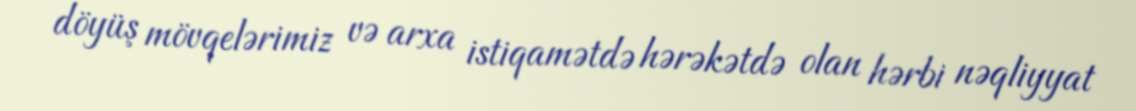
döyüş mövqelərimiz və arxa istiqamətdə hərəkətdə olan hərbi nəqliyyat